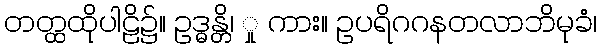
တတ္ထထိုပါဠိ၌။ ဥဒ္ဓန္တိ၊ ှု ကား။ ဥပရိဂဂနတလာဘိမုခံ၊